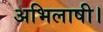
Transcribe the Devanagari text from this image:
अभिलाषी।